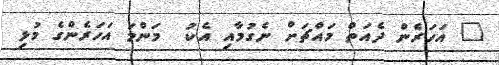
" އަހަރެން ދެއަތް މައްޗަށް ނެގުމާއި އެކު  މަންމަ އަހަރެންގެ މުޅި